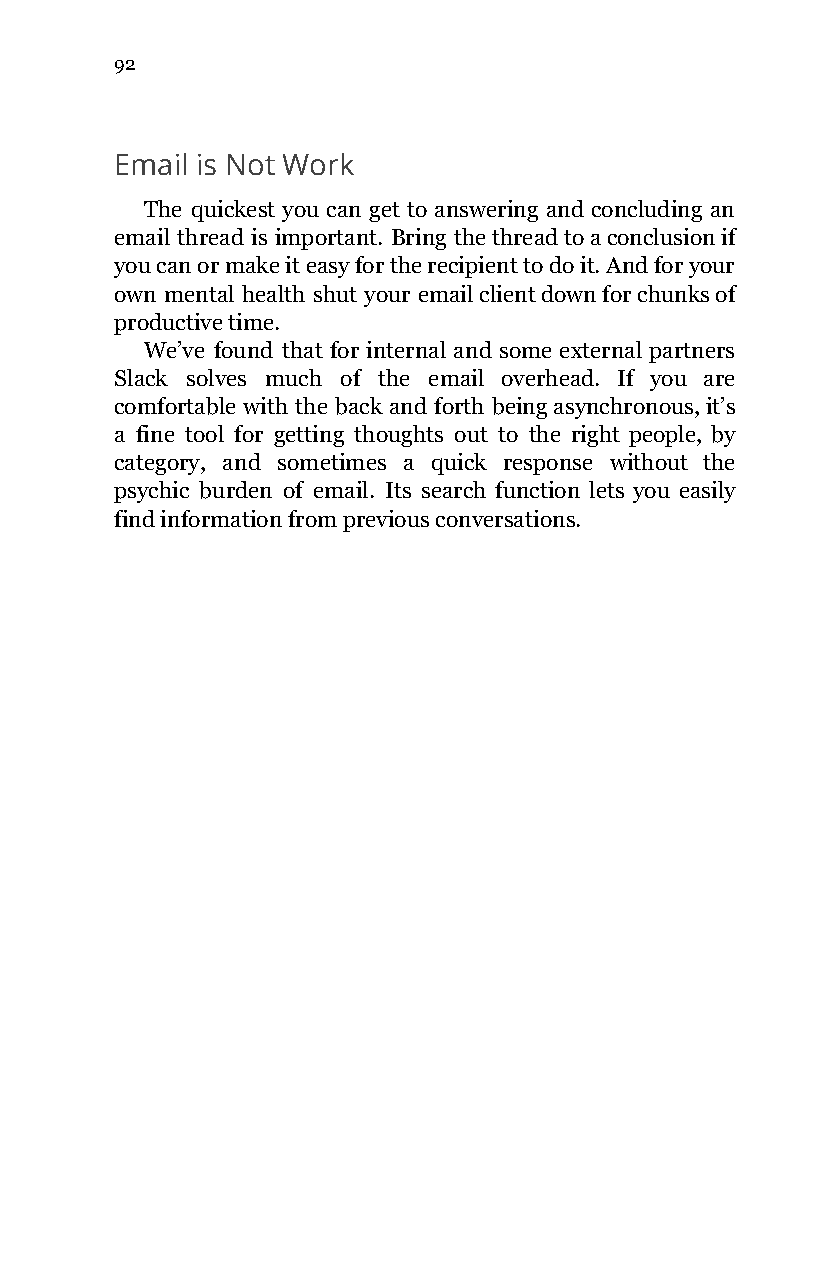
92
 Email is Not Work
 The quickest you can get to answering and concluding an
 email thread is important. Bring the thread to a conclusion if
 you can or make it easy for the recipient to do it. And for your
 own mental health shut your email client down for chunks of
 productive time.
 We’ve found that for internal and some external partners
 Slack solves much of the email overhead. If you are
 comfortable with the back and forth being asynchronous, it’s
 a fine tool for getting thoughts out to the right people, by
 category, and sometimes a quick response without the
 psychic burden of email. Its search function lets you easily
 find information from previous conversations.